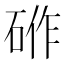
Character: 𮀟